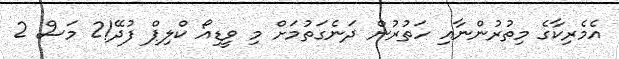
އެމެރިކާގެ މިތުރުންނާއި ހަތުރުން ދަނެގަތުމަށް މި ވީޑިއޯ ކްލިޕް ފުދޭ!2 މަސް 2